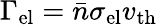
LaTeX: \Gamma_{\mathrm{el}}=\bar{n}\sigma_{\mathrm{el}}v_{\mathrm{th}}